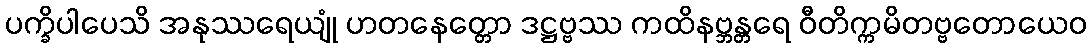
ပက္ခိပါပေသိ အနုဿရေယျုံ ဟတနေတ္တော ဒဋ္ဌဗ္ဗဿ ကထိနဗ္ဘန္တရေ ဝီတိက္ကမိတဗ္ဗတောယေဝ